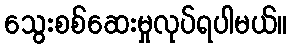
သွေးစစ်ဆေးမှုလုပ်ရပါမယ်။